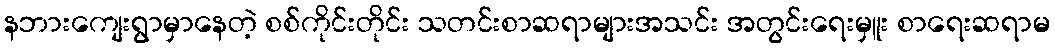
နဘားကျေးရွာမှာနေတဲ့ စစ်ကိုင်းတိုင်း သတင်းစာဆရာများအသင်း အတွင်းရေးမှူး စာရေးဆရာမ